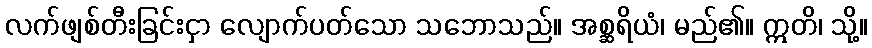
လက်ဖျစ်တီးခြင်းငှာ လျောက်ပတ်သော သဘောသည်။ အစ္ဆရိယံ၊ မည်၏။ ဣတိ၊ သို့။